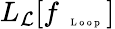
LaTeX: L_{\mathcal{L}}[f_{\mathrm{~\tiny~\textnormal~{~L~o~o~p~}~}}]